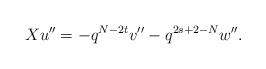
LaTeX: \begin{align*}Xu'' = -q^{N-2t}v'' - q^{2s+2-N}w''.\end{align*}